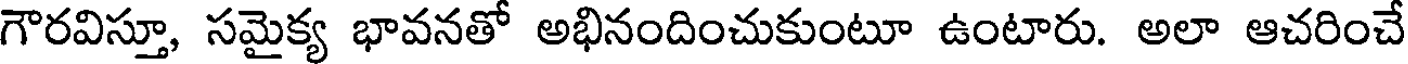
గౌరవిస్తూ, సమైక్య భావనతో అభినందించుకుంటూ ఉంటారు. అలా ఆచరించే